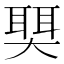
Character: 𫯺